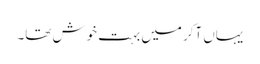
یہاں آکر میں بہت خوش تھا۔